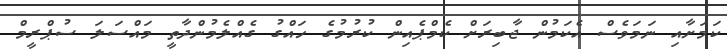
ކަމަށާއި ނަމަވެސް އެކަމުން ޖާބިރަށް ކެމްޕެއިން ކުރުމުގެ ހައްގު ގެއްލެމުންދާތީ މައްސަލަ ސުޕްރީމް